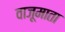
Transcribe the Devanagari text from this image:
वाजूमाता